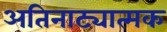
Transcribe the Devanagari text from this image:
अतिनाट्यात्मक